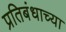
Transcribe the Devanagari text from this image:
प्रतिबंधाच्या